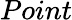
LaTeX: Point